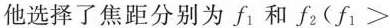
他选择了焦距分别为f-{1}和$$f_{2}(f_{1}>$$